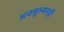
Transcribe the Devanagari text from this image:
अवमूल्यनही